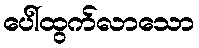
ပေါ်ထွက်လာသော